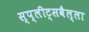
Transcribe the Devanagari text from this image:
स्प्लीट्सवैल्ला